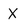
Character: X